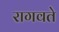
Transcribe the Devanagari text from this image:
रागवते